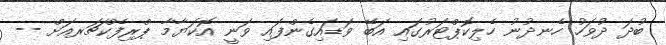
ބުދަ ދުވަހު ހެނދުނު ހެލިކޮޕްޓަރުގައި އަބޭ ވަޑައިގެންފައި ވަނީ އޮކަޔާމާ ޕްރިފެކްޗަރއަށް --